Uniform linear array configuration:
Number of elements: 4
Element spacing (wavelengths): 1
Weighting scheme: hann
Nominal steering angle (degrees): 60
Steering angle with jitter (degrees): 58.403
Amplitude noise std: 0.05
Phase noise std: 0.05

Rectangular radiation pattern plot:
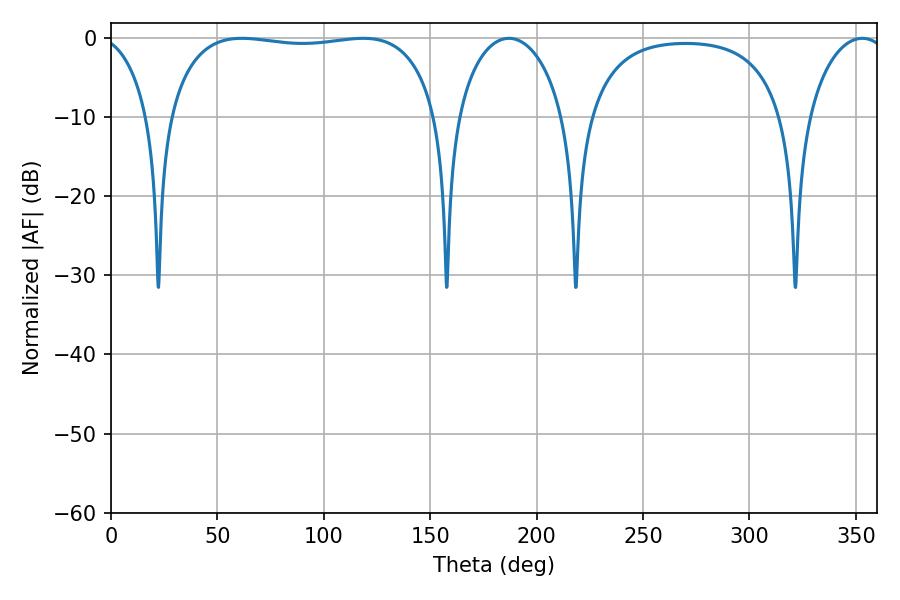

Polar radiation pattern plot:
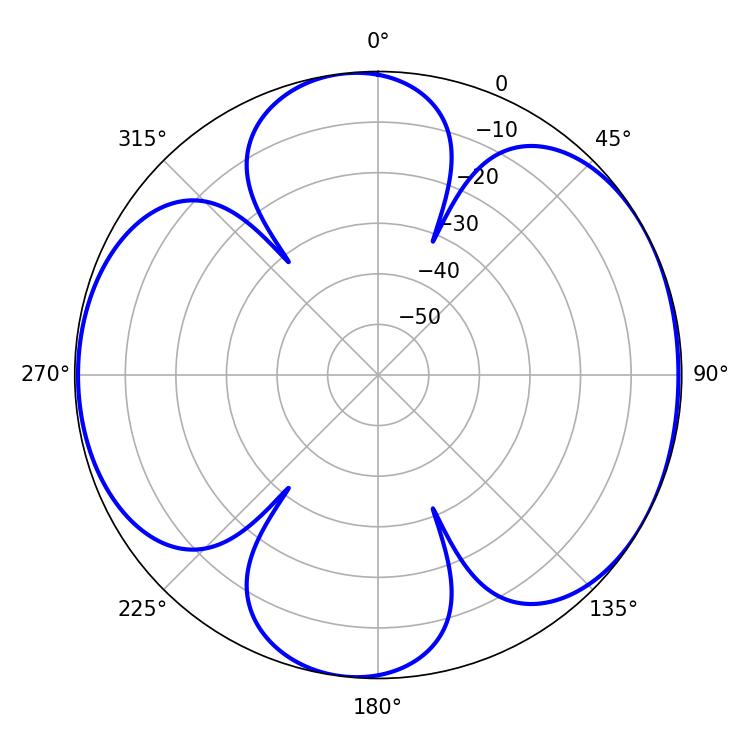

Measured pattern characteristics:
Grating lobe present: TRUE
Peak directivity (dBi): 6.376
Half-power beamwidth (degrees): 101.88
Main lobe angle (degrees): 61.56